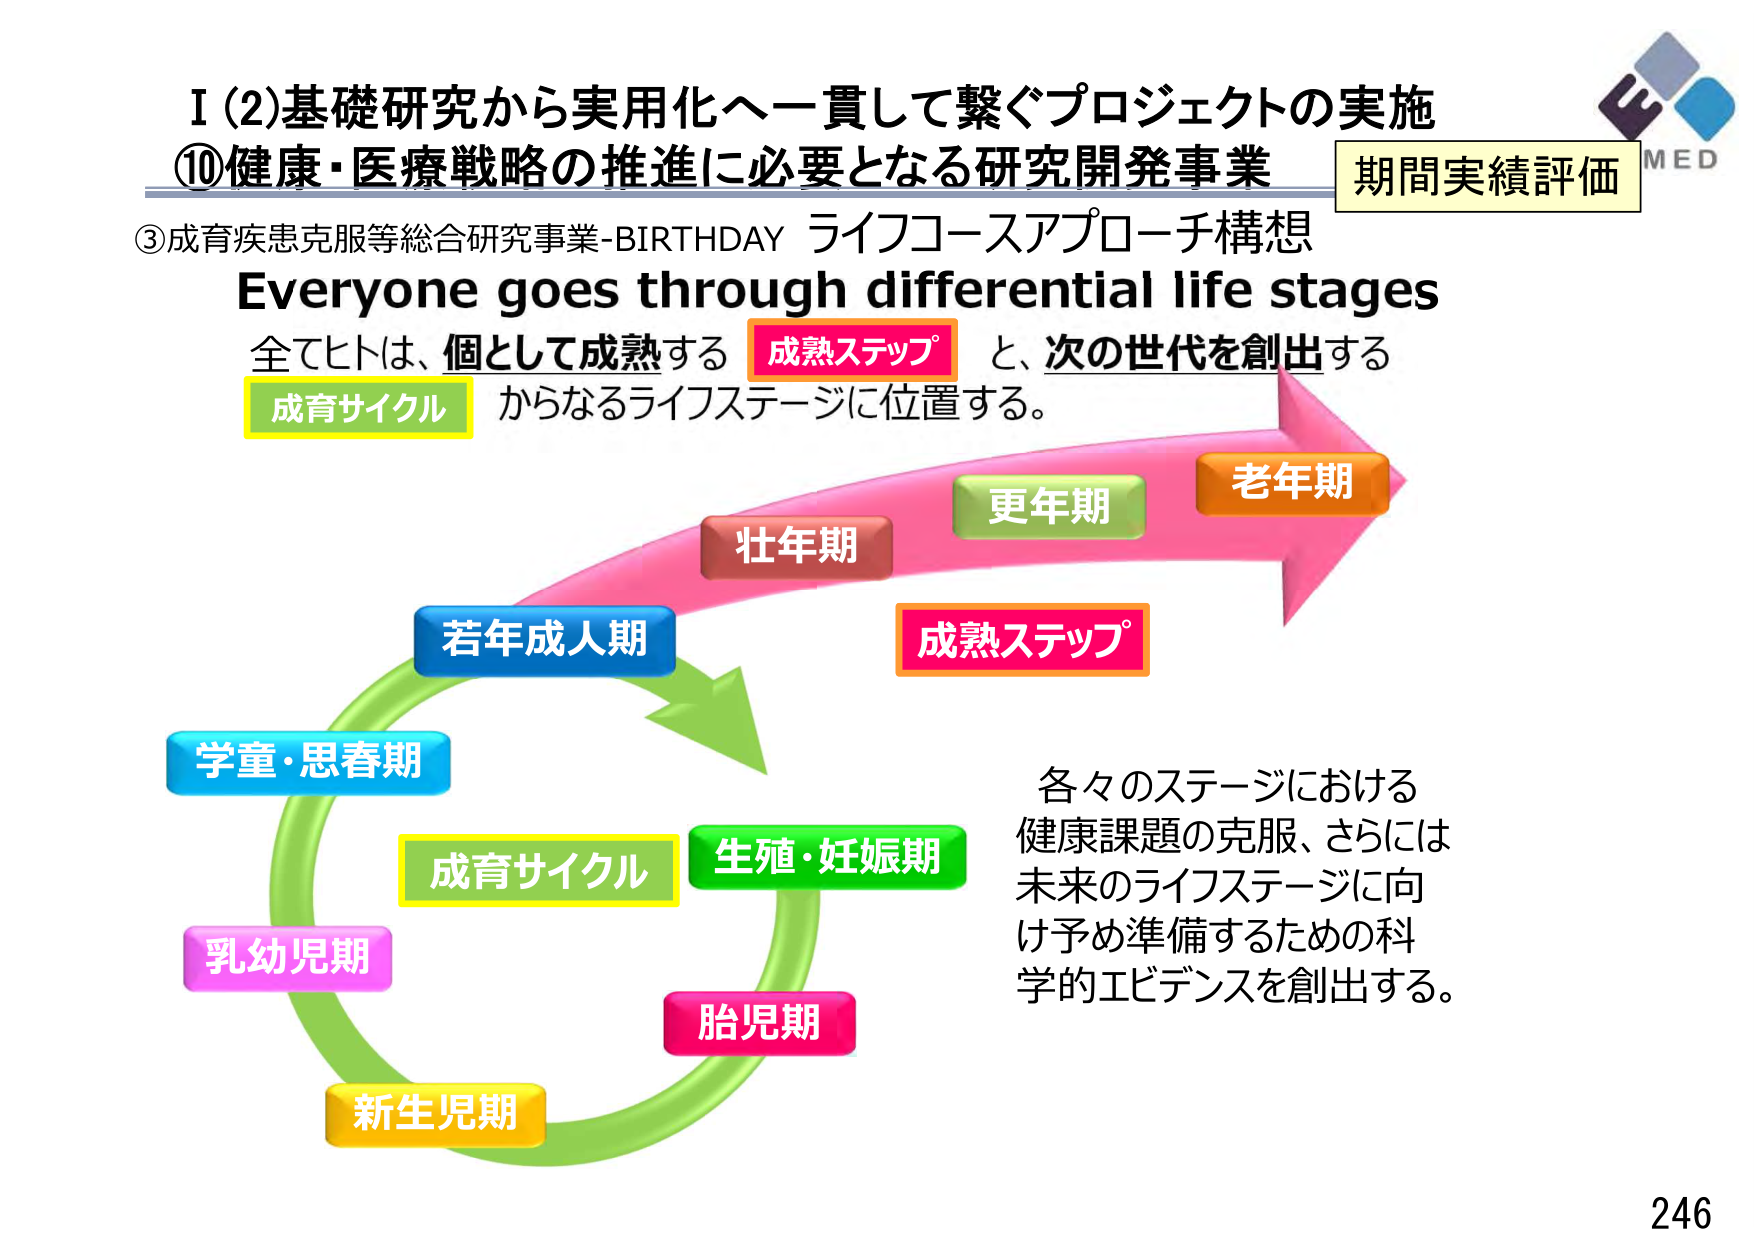
I (2)基礎研究から実用化へ一貫して繋ぐプロジェクトの実施
⑩健康・医療戦略の推進に必要となる研究開発事業
期間実績評価
③成育疾患克服等総合研究事業-BIRTHDAY ライフコースアプローチ構想
Everyone goes through differential life stages
全てヒトは、個として成熟する 成熟ステップ と、次の世代を創出する
成育サイクル からなるライフステージに位置する。
若年成人期
学童・思春期
乳幼児期
新生児期
胎児期
生殖・妊娠期
成育サイクル
壮年期
更年期
老年期
成熟ステップ
各々のステージにおける
健康課題の克服、さらには
未来のライフステージに向
け予め準備するための科
学的エビデンスを創出する。
MED
246